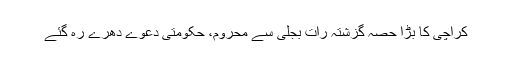
کراچی کا بڑا حصہ گزشتہ رات بجلی سے محروم، حکومتی دعوے دھرے رہ گئے